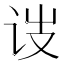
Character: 𬣥